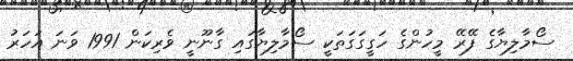
ސޯމާލިޔާގެ ފޭރޭ މީހުންގެ ހަގީގަގަތަކީ ސޯމާލިޔާގައި ގާނޫނީ ވެރިކަން 1991 ވަނަ އަހަރު